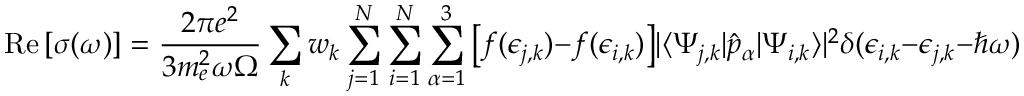
\operatorname { R e } \left[ \sigma ( \omega ) \right] = \frac { 2 \pi e ^ { 2 } } { 3 m _ { e } ^ { 2 } \omega \Omega } \sum _ { k } w _ { k } \sum _ { j = 1 } ^ { N } \sum _ { i = 1 } ^ { N } \sum _ { \alpha = 1 } ^ { 3 } \big [ f ( \epsilon _ { j , k } ) - f ( \epsilon _ { i , k } ) \big ] | \langle { \Psi _ { j , k } | \hat { p } _ { \alpha } | \Psi _ { i , k } } \rangle | ^ { 2 } \delta ( \epsilon _ { i , k } - \epsilon _ { j , k } - \hbar \omega )